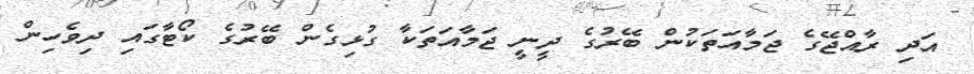
އަދި ރާއްޖޭގެ ޖަމާއަތަކުން ބޭރުގެ ދީނީ ޖަމާއަތަކާ ގުޅިގެން ބޭރުގެ ކޯޓާގައި ދިވެހިން